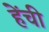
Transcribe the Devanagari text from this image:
हेंची